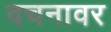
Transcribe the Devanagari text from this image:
वचनावर